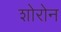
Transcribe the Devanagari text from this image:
शोरोन